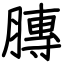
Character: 膞